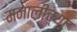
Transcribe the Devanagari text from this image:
मनालीच्या